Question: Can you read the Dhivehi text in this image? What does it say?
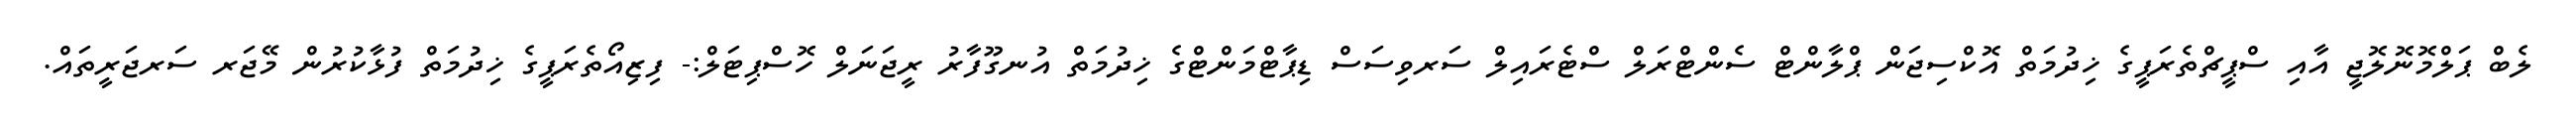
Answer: ލެބް ޕަލްމޮނޮލޮޖީ އާއި ސްޕީޗްތެރަޕީގެ ޚިދުމަތް އޮކްސިޖަން ޕްލާންޓް ސެންޓްރަލް ސްޓެރައިލް ސަރވިސަސް ޑިޕާޓްމަންޓްގެ ޚިދުމަތް އުނގޫފާރު ރީޖަނަލް ހޮސްޕިޓަލް:- ފިޒިއޯތެރަޕީގެ ޚިދުމަތް ފުޅާކުރުން މޭޖަރ ސަރޖަރީތައް.